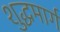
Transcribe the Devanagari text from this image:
शुद्धमार्ग